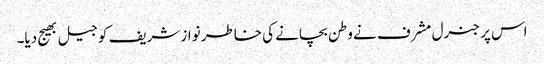
اس پر جنرل مشرف نے وطن بچانے کی خاطر نواز شریف کو جیل بھیج دیا۔